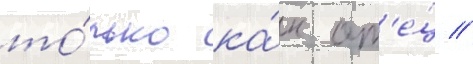
то́лько ка́к от'е́ц //